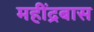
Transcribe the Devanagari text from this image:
महींद्रबास